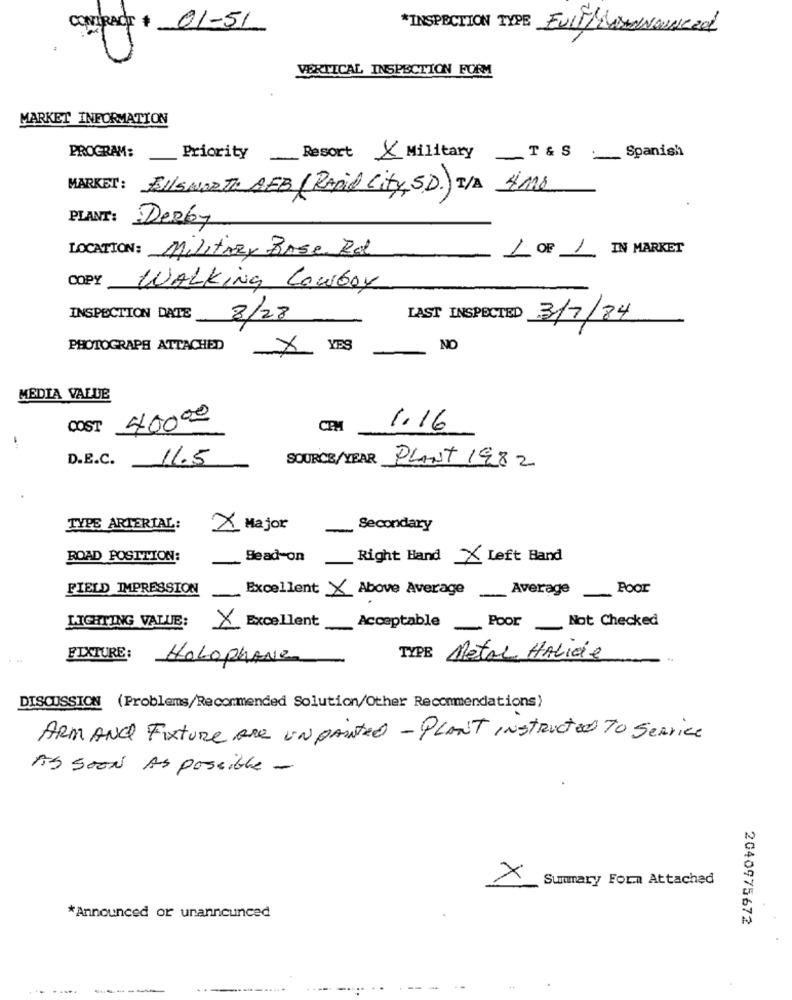
CONTRACT # 01-51
*INSPECTION TYPE EUITLINDANOUNZ 201
VERTICAL INSPECTION FORM
MARKET INFORMATION
PROGRAM:
Priority
Resort & Military T & S Spanish
MARKET: ELLSWORTH AFB (Rapid City, SD) I/A 4m2
PLANT:
Derby
LOCATION: Militrex Bose Rd
1 OF 1 IN MARKET
COPY
WALKING LOWboy
INSPECTION DATE
8/28
LAST INSPECTED 3/7/84
PHOTOGRAPH ATTACHED
×
YES
_ NO
MEDIA VALUE
COST
40000
CPM
1.16
D.E.C.
11.5
SOURCE/YEAR PLANT 1982
TYPE ARTERIAL:
X Major
Secondary
ROAD POSITION:
Sead-on
Right Hand X Left Hand
FIELD IMPRESSION
Excellent X Above Average Average Poor
LIGHTING VALUE:
X Excellent
Acceptable Poor Not Checked
FIXTURE:
HoLOphANZ
TYPE Metal Halide
DISCUSSION (Problems/Recommended Solution/Other Recommendations)
ARM AND Fixture Are UN painted - PLANT Instructed To Service
AS SOON AS Possible -
X
Summary For.a Attached
*Announced or unannounced
2040975672
-...